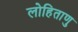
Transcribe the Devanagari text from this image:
लोहिताणु